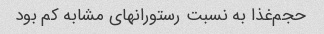
حجم‌غذا به نسبت رستورانهای مشابه کم بود